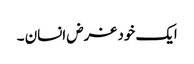
ایک خود غرض انسان ۔